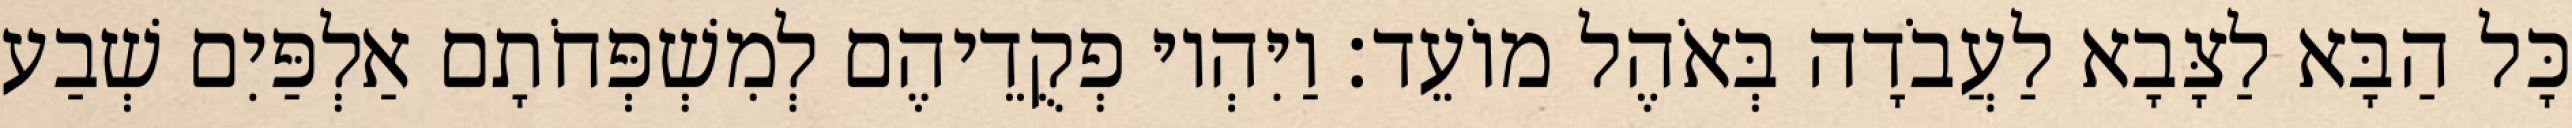
כָּל הַבָּא לַצָּבָא לַעֲבֹדָה בְּאֹהֶל מוֹעֵד׃ וַיִּהְיוּ פְקֻדֵיהֶם לְמִשְׁפְּחֹתָם אַלְפַּיִם שְׁבַע